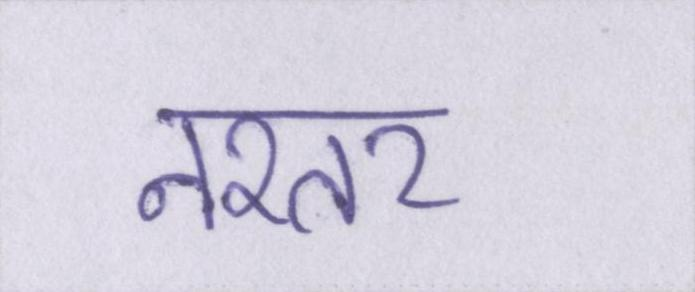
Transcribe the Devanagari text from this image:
नश्तर